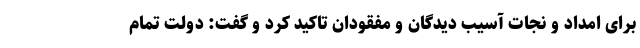
برای امداد و نجات آسیب دیدگان و مفقودان تاکید کرد و گفت: دولت تمام